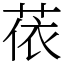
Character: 𦲤